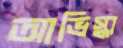
আভিস্কা